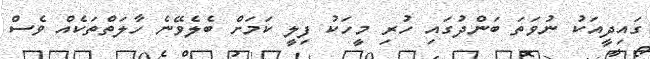
ގައިދީއަކު ނުވަތަ ބަންދުގައި ހުރި މީހަކު ފިލީ ކަމަށް ބެލެވޭނެ ހާލަތްތަކެއް ވެސް